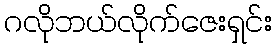
ဂလိုဘယ်လိုက်ဇေးရှင်း